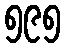
၅၉၅